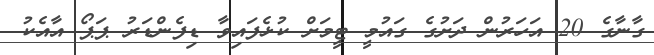
ގާނާގެ 20 އަހަރުން ދަށުގެ ގައުމީ ޓީމަށް ކުޅެފައިވާ ޑިފެންޑަރު ޕަޕޯ އާއެކު